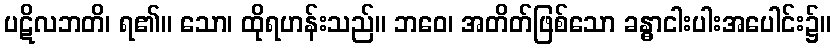
ပဋိလဘတိ၊ ရ၏။ သော၊ ထိုရဟန်းသည်။ ဘဝေ၊ အတိတ်ဖြစ်သော ခန္ဓာငါးပါးအပေါင်း၌။